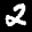
Label: 2